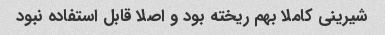
شیرینی کاملا بهم ریخته بود و اصلا قابل استفاده نبود